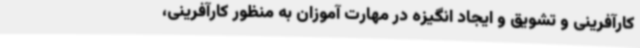
کارآفرینی و تشویق و ایجاد انگیزه در مهارت آموزان به منظور کارآفرینی،